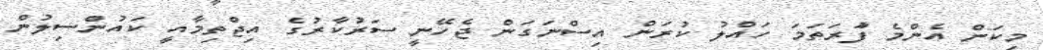
މިކަން އެންމެ ފުަރަތަމަ ހައްލު ކުރަން އިސްނަގަން ޖެހޭނީ ސަރުކާރުގެ އިޖްތިމާއީ ކައުންސިލުން